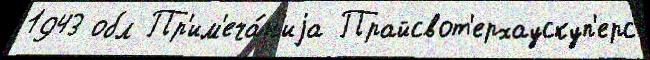
1943 обл Пр'им'еча́н'иjа Прайсвот'ерхаускуп'ерс